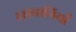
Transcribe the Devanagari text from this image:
रसधानियाँ